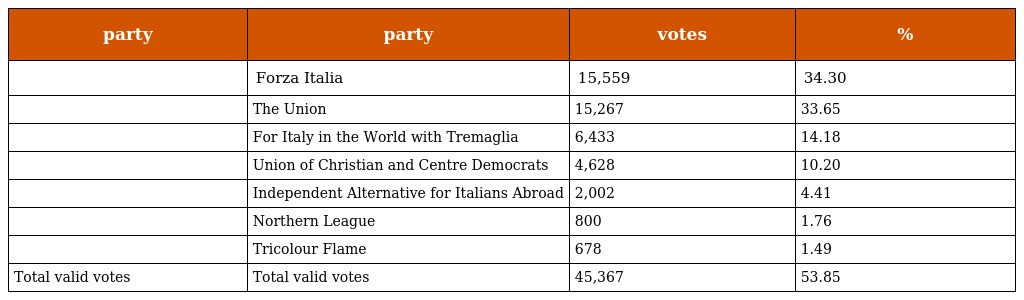
| party | party | votes | % |
 | --- | --- | --- | --- |
 |  | Forza Italia | 15,559 | 34.30 |
 |  | The Union | 15,267 | 33.65 |
 |  | For Italy in the World with Tremaglia | 6,433 | 14.18 |
 |  | Union of Christian and Centre Democrats | 4,628 | 10.20 |
 |  | Independent Alternative for Italians Abroad | 2,002 | 4.41 |
 |  | Northern League | 800 | 1.76 |
 |  | Tricolour Flame | 678 | 1.49 |
 | Total valid votes | Total valid votes | 45,367 | 53.85 |